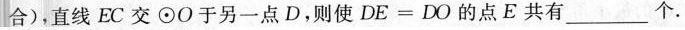
合)，直线EC交⊙O于另一点D，则使$$DE=DO$$的点E共有___个.